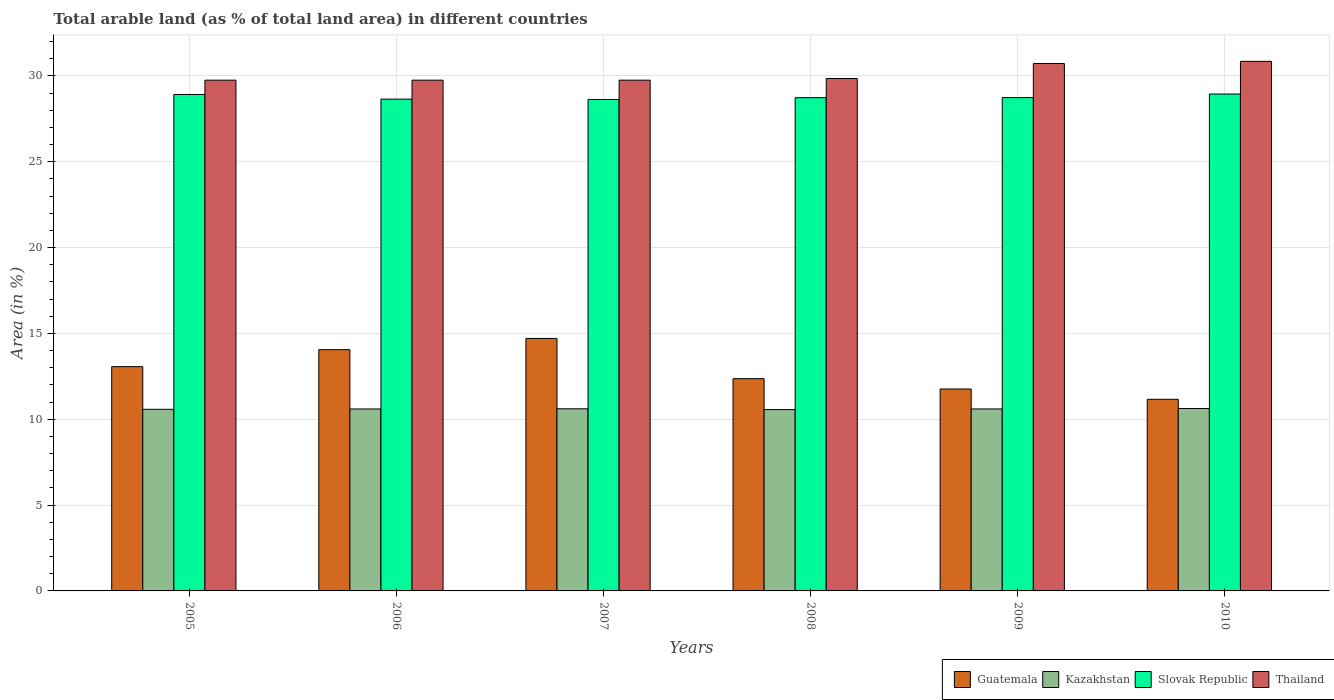
| Years | Guatemala | Kazakhstan | Slovak Republic | Thailand |
 | --- | --- | --- | --- | --- |
 | 2005 | 13.1 | 10.6 | 28.9 | 29.8 |
 | 2006 | 14.1 | 10.6 | 28.6 | 29.8 |
 | 2007 | 14.7 | 10.6 | 28.6 | 29.8 |
 | 2008 | 12.4 | 10.6 | 28.7 | 29.8 |
 | 2009 | 11.8 | 10.6 | 28.7 | 30.7 |
 | 2010 | 11.2 | 10.6 | 28.9 | 30.8 |